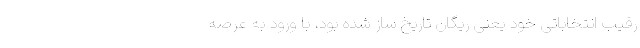
رقیب انتخاباتی خود یعنی ریگان تاریخ ساز شده بود، با ورود به عرصه